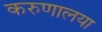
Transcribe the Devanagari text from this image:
करुणालया